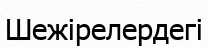
Шежірелердегі